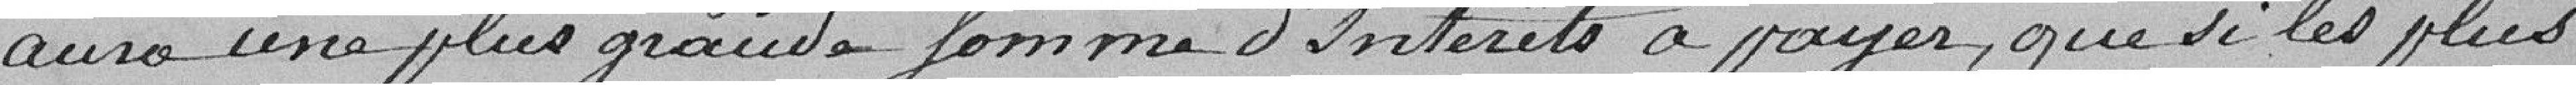
aura une plus grande somme d'intérêts à payer, que si les plus